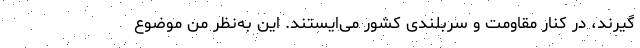
گیرند، در کنار مقاومت و سربلندی کشور می‌ایستند. این به‌نظر من موضوع